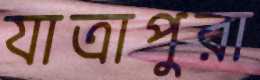
যাত্রাপুরা